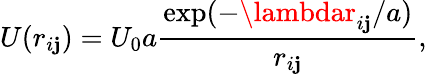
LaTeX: U(r_{i\mathbf{j}})=U_{0}a\frac{{\mathrm{{exp}}(-\lambdar_{i\mathbf{j}}/a)}}{{r_{i\mathbf{j}}}},